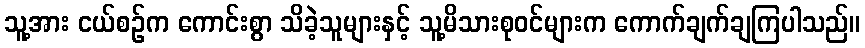
သူ့အား ငယ်စဉ်က ကောင်းစွာ သိခဲ့သူများနှင့် သူ့မိသားစုဝင်များက ကောက်ချက်ချကြပါသည်။